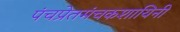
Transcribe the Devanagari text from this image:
पंचप्रेतमंचकशायिनी